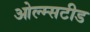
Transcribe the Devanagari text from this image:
ओल्म्सटीड